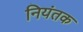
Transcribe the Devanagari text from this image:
नियंतक